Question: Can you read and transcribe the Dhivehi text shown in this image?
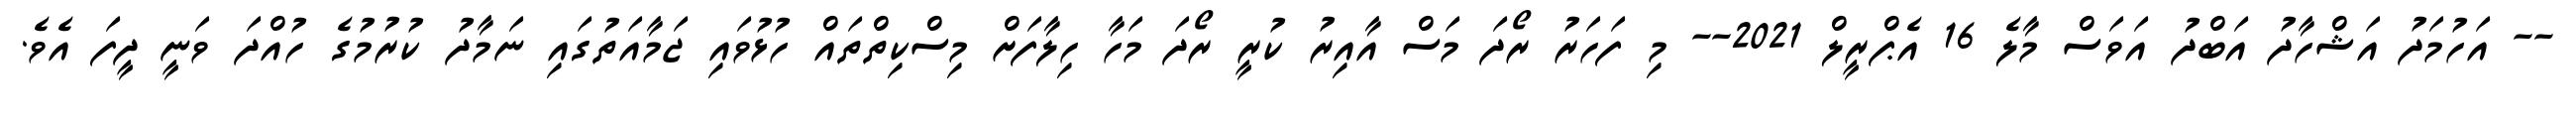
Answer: -- އަހުމަދު އަޝްހާދު އަބްދު އަވަސް މާލެ 16 އެޕްރީލް 2021-- މި ފަހަރު ރޯދަ މަސް އާއިރު ކުރީ ރޯދަ މަހާ ހިލާފަށް މިސްކިތްތައް ހުޅުވައި ޖަމާއަތުގައި ނަމާދު ކުރުމުގެ ހުއްދަ ވަނީ ދީފަ އެވެ.